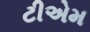
ટીએમ